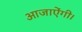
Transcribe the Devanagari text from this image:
आजाऐंगी।